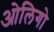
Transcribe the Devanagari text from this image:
ओलिगो